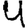
Digit: 4